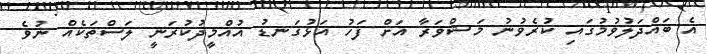
އެ ބައްދަލުވުމުގައި ކުރެވުނު މަޝްވަރާ އަށް ފަހު އަޅުގަނޑު އުއްމީދުުކުރަނީ ލަސްތަކެއް ނުވެ